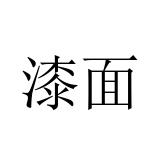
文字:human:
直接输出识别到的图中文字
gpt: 漆面